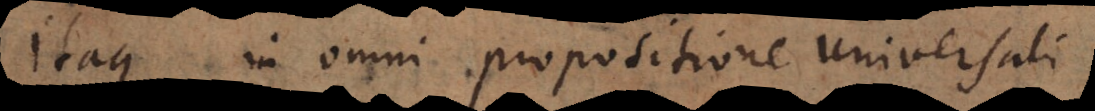
Itaque in omni propositione universali